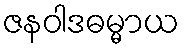
ဇနဝါဒဓမ္မာယ